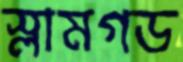
স্লামগড